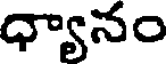
ధ్యానం